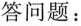
答问题：